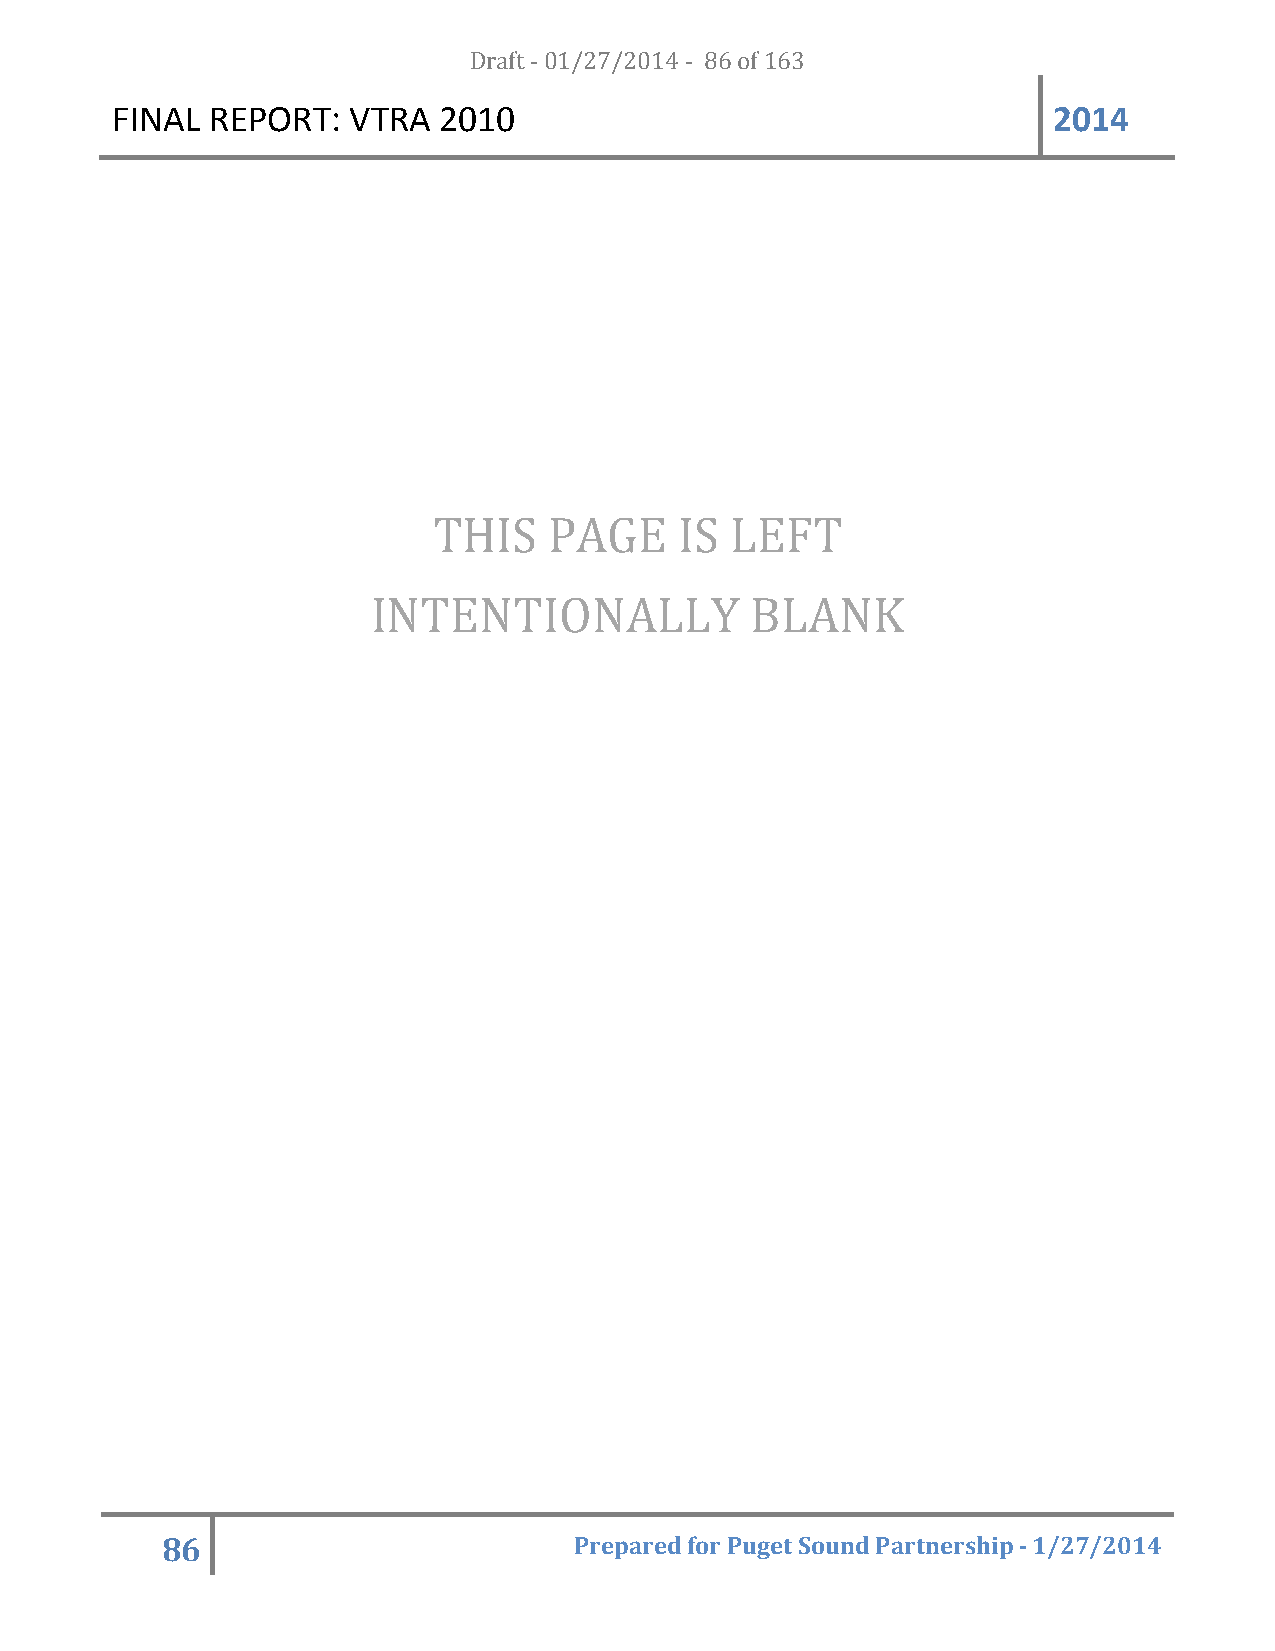
FINAL  REPORT:  VTRA  20D1r0af t - 01/27/2014 - 86 of 163      2014
 THIS   PAGE     IS LEFT
 INTENTIONALLY            BLANK
 86                         Prepared for Puget Sound Partnership - 1/27/2014